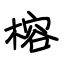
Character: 榕